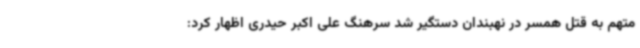
متهم به قتل همسر در نهبندان دستگیر شد سرهنگ علی اکبر حیدری اظهار کرد: